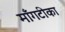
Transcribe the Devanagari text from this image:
माँगटीका